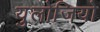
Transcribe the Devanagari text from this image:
युलोजियो